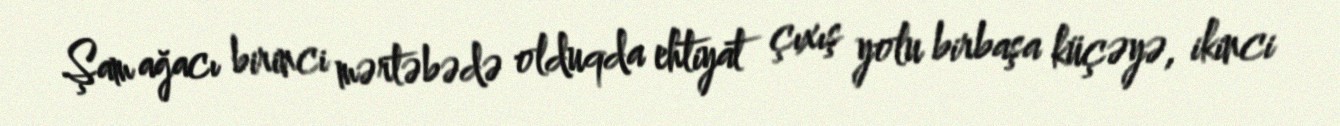
Şam ağacı birinci mərtəbədə olduqda ehtiyat çıxış yolu birbaşa küçəyə, ikinci